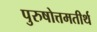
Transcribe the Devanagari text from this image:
पुरुषोत्तमतीर्थ